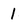
Character: 1